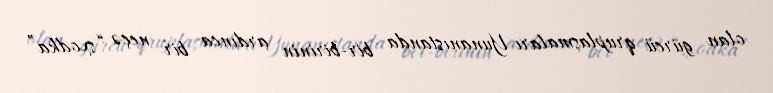
olan gürcü qruplaşmaları Yunanıstanda bir-birinin ardınca bir neçə “sxodka”